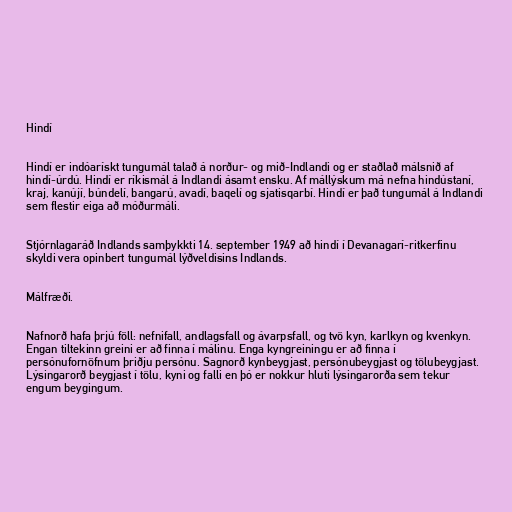
Hindí

Hindí er indóarískt tungumál talað á norður- og mið-Indlandi og er staðlað málsnið af
hindí-úrdú. Hindí er ríkismál á Indlandi ásamt ensku. Af mállýskum má nefna hindústaní,
kraj, kanújí, búndelí, bangarú, avadí, baqelí og sjatisqarbí. Hindí er það tungumál á Indlandi
sem flestir eiga að móðurmáli.

Stjórnlagaráð Indlands samþykkti 14. september 1949 að hindí í Devanagarí-ritkerfinu
skyldi vera opinbert tungumál lýðveldisins Indlands.

Málfræði.

Nafnorð hafa þrjú föll: nefnifall, andlagsfall og ávarpsfall, og tvö kyn, karlkyn og kvenkyn.
Engan tiltekinn greini er að finna í málinu. Enga kyngreiningu er að finna í
persónufornöfnum þriðju persónu. Sagnorð kynbeygjast, persónubeygjast og tölubeygjast.
Lýsingarorð beygjast í tölu, kyni og falli en þó er nokkur hluti lýsingarorða sem tekur
engum beygingum.